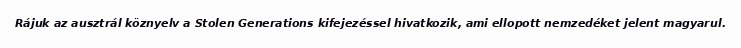
Rájuk az ausztrál köznyelv a Stolen Generations kifejezéssel hivatkozik, ami ellopott nemzedéket jelent magyarul.